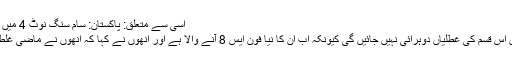
اسی سے متعلق: پاکستان: سام سنگ نوٹ 4 میں آگ لگنے اور پھٹنے کا واقعہ
کمپنی نے کہا ہے مستقبل میں اس قسم کی غطلیاں دوہرائی نہیں جائيں گی کیونکہ اب ان کا نیا فون ایس 8 آنے والا ہے اور انھوں نے کہا کہ انھوں نے ماضی غلطیوں سے سبق حاصل کیا ہے۔